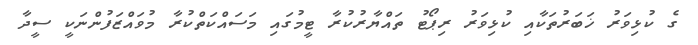
ގެ ކުޅިވަރު ޚަބަރުތަކާއި ކުޅިވަރު ރިޕޯޓު ތައްޔާރުކުރާ ޓީމުގައި މަސައްކަތްކުރާ މުވައްޒަފުންނަކީ ސީދާ